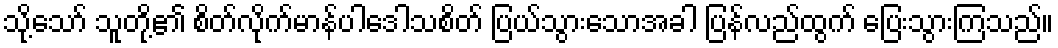
သို့သော် သူတို့၏ စိတ်လိုက်မာန်ပါဒေါသစိတ် ပြယ်သွားသောအခါ ပြန်လည်ထွက် ပြေးသွားကြသည်။